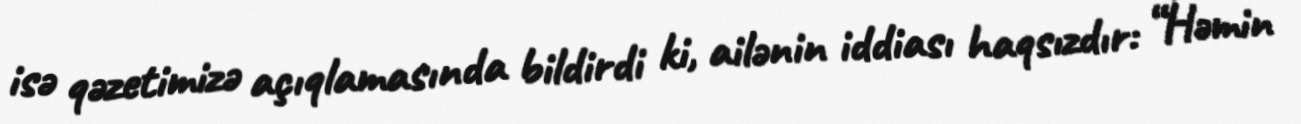
isə qəzetimizə açıqlamasında bildirdi ki, ailənin iddiası haqsızdır: “Həmin